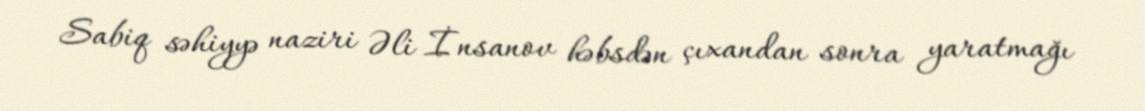
Sabiq səhiyyə naziri Əli İnsanov həbsdən çıxandan sonra yaratmağı